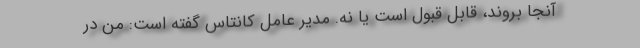
آنجا بروند، قابل قبول است یا نه. مدیر عامل کانتاس گفته است: من در